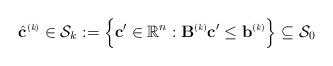
LaTeX: \begin{align*} \hat{\mathbf{c}}^{\mbox{\tiny (\itshape k\upshape)}} \in \mathcal{S}_k := \Big\{\mathbf{c}' \in \mathbb{R}^{n}: \mathbf{B}^{\mbox{\tiny (\itshape k\upshape)}} \mathbf{c}' \leq \mathbf{b}^{\mbox{\tiny (\itshape k\upshape)}}\Big\} \subseteq \mathcal{S}_0\end{align*}